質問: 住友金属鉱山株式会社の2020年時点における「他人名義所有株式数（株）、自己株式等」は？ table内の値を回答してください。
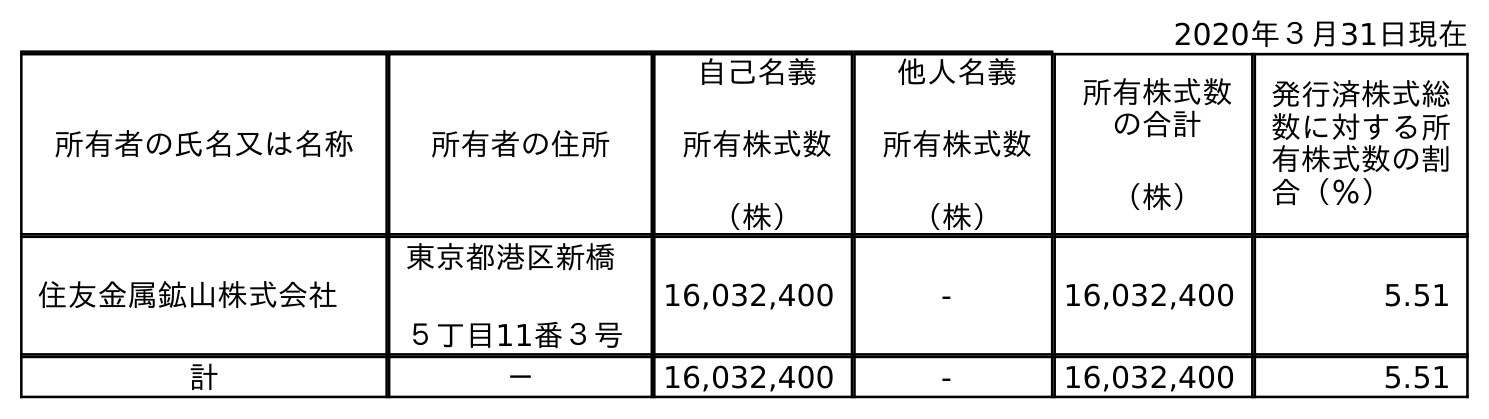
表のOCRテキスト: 2020年３月31日現在 所有者の氏名又は名称 所有者の住所 自己名義 所有株式数 （株） 他人名義 所有株式数 （株） 所有株式数 の合計 （株） 発行済株式総 数に対する所 有株式数の割 合（％） 住友金属鉱山株式会社 東京都港区新橋 ５丁目11番３号 16,032,400 - 16,032,400 5.51 計 － 16,032,400 - 16,032,400 5.51
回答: -